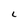
Character: L